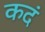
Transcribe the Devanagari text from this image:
कदं